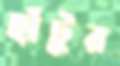
হাঁটুর